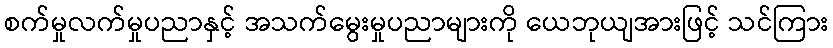
စက်မှုလက်မှုပညာနှင့် အသက်မွေးမှုပညာများကို ယေဘုယျအားဖြင့် သင်ကြား